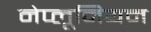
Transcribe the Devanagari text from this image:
नेप्लूनियम